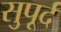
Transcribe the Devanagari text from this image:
सुुपूर्द